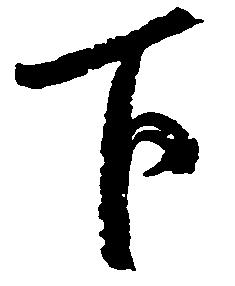
下